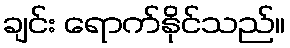
ချင်း ရောက်နိုင်သည်။